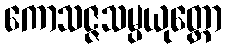
ကောသဇ္ဇသမ္ပယုတ္တော